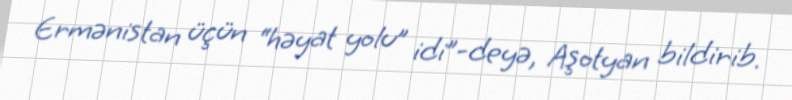
Ermənistan üçün “həyat yolu” idi”-deyə, Aşotyan bildirib.